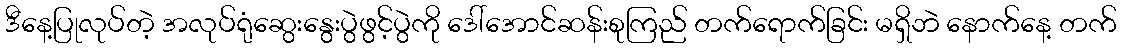
ဒီနေ့ပြုလုပ်တဲ့ အလုပ်ရုံဆွေးနွေးပွဲဖွင့်ပွဲကို ဒေါ်အောင်ဆန်းစုကြည် တက်ရောက်ခြင်း မရှိဘဲ နောက်နေ့ တက်